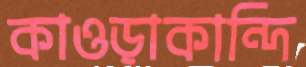
কাওড়াকান্দি